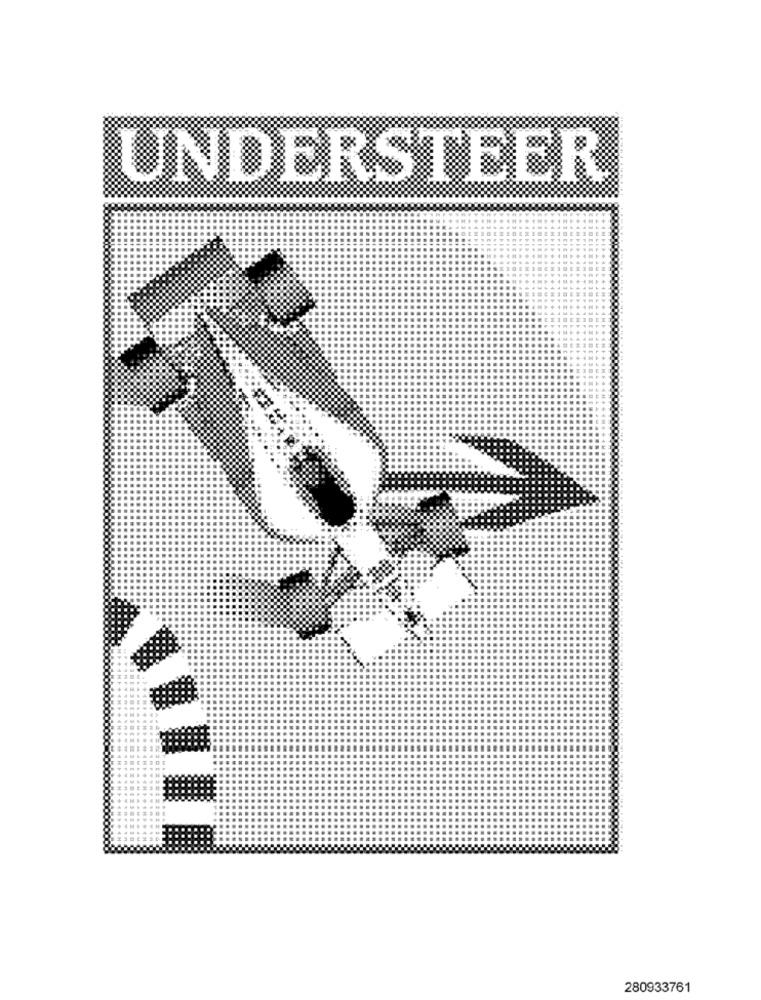
UNDERSTEER
280933761